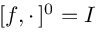
[ f , \cdot \, ] ^ { 0 } = I